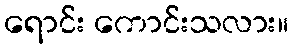
ရောင်း ကောင်းသလား။